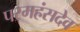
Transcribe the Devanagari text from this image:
परमहंसदेव